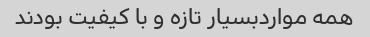
همه مواردبسیار تازه و با کیفیت بودند